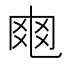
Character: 𠃾